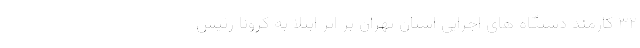
۳۲ کارمند دستگاه های اجرایی استان تهران بر اثر ابتلا به کرونا رئیس